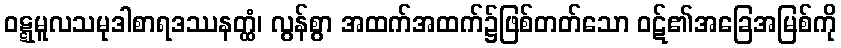
ဝဋ္ဋမူလသမုဒါစာရဒဿနတ္ထံ၊ လွန်စွာ အထက်အထက်၌ဖြစ်တတ်သော ဝဋ်၏အခြေအမြစ်ကို